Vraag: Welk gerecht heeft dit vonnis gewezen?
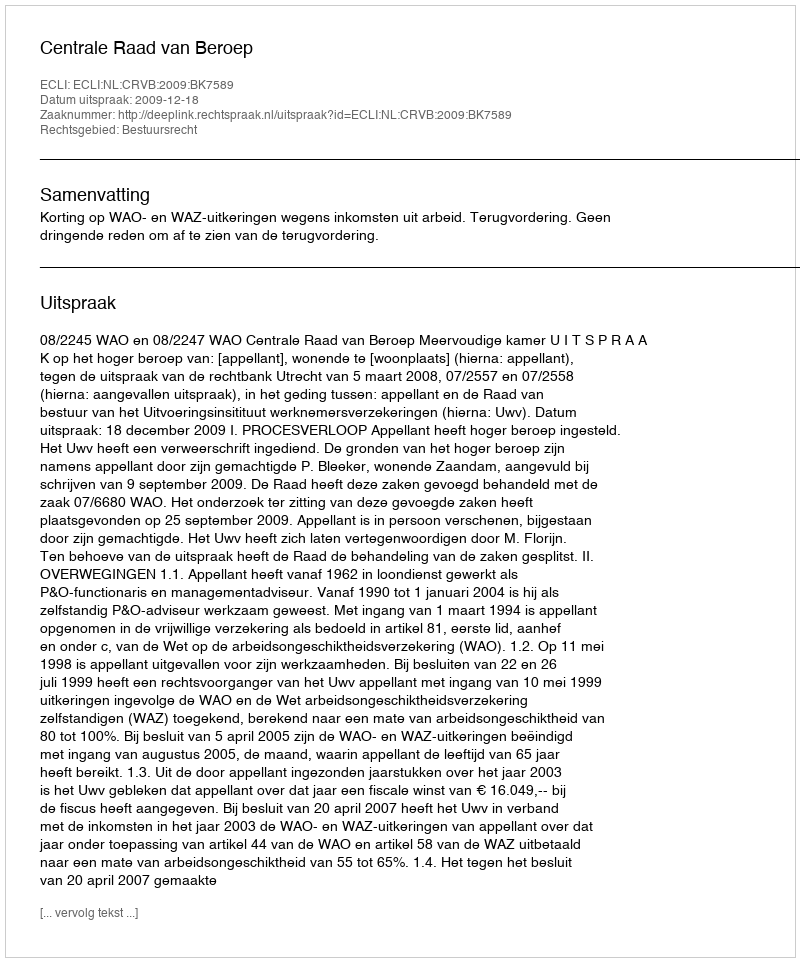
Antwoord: Centrale Raad van Beroep